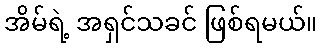
အိမ်ရဲ့ အရှင်သခင် ဖြစ်ရမယ်။